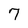
Character: 7